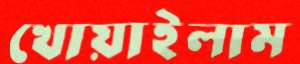
খোয়াইলাম